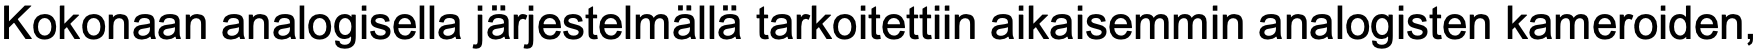
Kokonaan analogisella järjestelmällä tarkoitettiin aikaisemmin analogisten kameroiden,